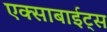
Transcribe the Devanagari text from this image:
एक्साबाईट्स